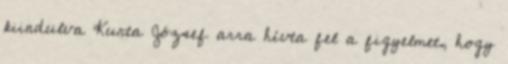
kiindulva Kurta József arra hívta fel a figyelmet, hogy